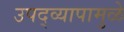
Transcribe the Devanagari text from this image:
उपद्व्यापामुळे